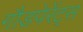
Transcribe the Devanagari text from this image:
गौडपेरेंट्स